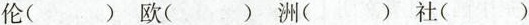
伦（）欧 ( ) 洲 () 社()